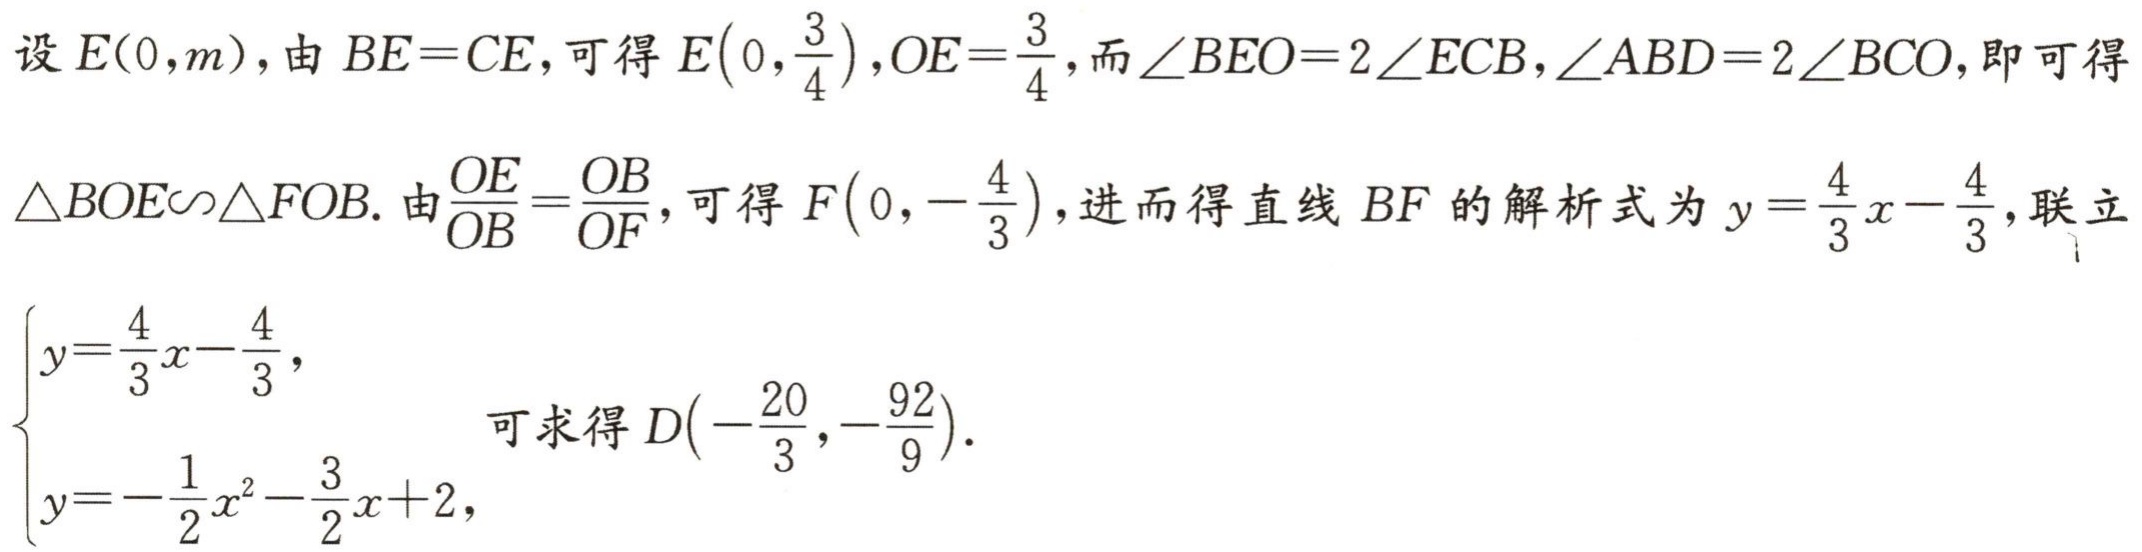
设\(E(0,m)\)，由\(BE = CE\)，可得\(E\left(0,\frac{3}{4}\right)\)，\(OE=\frac{3}{4}\)，而\(\angle BEO = 2\angle ECB\)，\(\angle ABD = 2\angle BCO\)，即可得
\(\triangle BOE\sim\triangle FOB\). 由\(\frac{OE}{OB}=\frac{OB}{OF}\)，可得\(F\left(0,-\frac{4}{3}\right)\)，进而得直线 \(BF\) 的解析式为\(y = \frac{4}{3}x - \frac{4}{3}\)，联立
\(\begin{cases}y=\frac{4}{3}x - \frac{4}{3},\\y=-\frac{1}{2}x^{2}-\frac{3}{2}x + 2,\end{cases}\)
可求得\(D\left(-\frac{20}{3},-\frac{92}{9}\right)\).